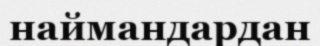
наймандардан